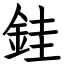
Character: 銈